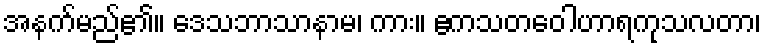
အနက်မည်၏။ ဒေသဘာသာနာမ၊ ကား။ ဧကသတဝေါဟာရကုသလတာ၊